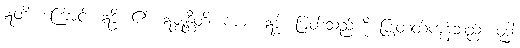
ဣတိ၊ ကြောင့်။ ဣဒ္ဓိ၊ ၏။ ဣဇ္ဈန္တီတိ၊ ကား။ ဣဒ္ဓါ၊ မြတ်သည်ကို ပြုတတ်ကုန်သည်။ ဝုဒ္ဓါ၊